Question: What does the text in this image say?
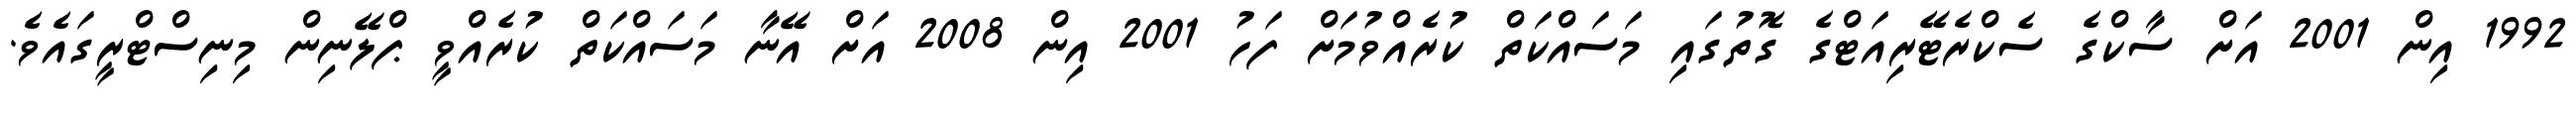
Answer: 1992 އިން 2001 އަށް ސާކްގެ ސެކްރެޓޭރިއަޓްގެ ގޮތުގައި މަސައްކަތް ކުރެއްވުމަށް ފަހު 2001 އިން 2008 އަށް އޭނާ މަސައްކަތް ކުރެއްވީ ޕްލޭނިން މިނިސްޓްރީގައެވެ.